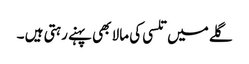
گلے میں تلسی کی مالا بھی پہنے رہتی ہیں ۔